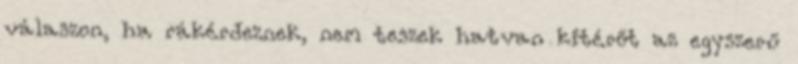
válaszon, ha rákérdeznek, nem teszek hatvan kitérőt az egyszerű